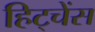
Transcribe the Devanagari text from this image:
हिट्चेंस